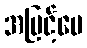
အမြင့်ပေ